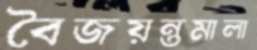
বৈজয়ন্তমালা